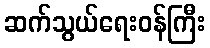
ဆက်သွယ်ရေးဝန်ကြီး